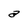
Character: a